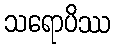
သရောပိဿ